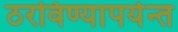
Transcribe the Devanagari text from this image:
ठरविण्यापर्यन्त